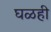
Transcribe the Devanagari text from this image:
घळही